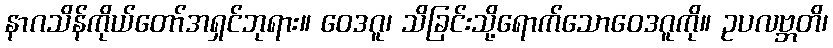
နာဂသိန်ကိုယ်တော်အရှင်ဘုရား။ ဝေဒဂူ၊ သိခြင်းသို့ရောက်သောဝေဒဂူကို။ ဥပလဗ္ဘတိ၊